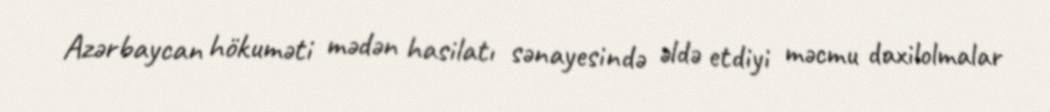
Azərbaycan hökuməti mədən hasilatı sənayesində əldə etdiyi məcmu daxilolmalar